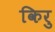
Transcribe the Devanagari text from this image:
किरु